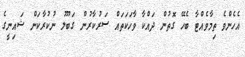
އެހެންވެ ތިމާވެއްޓާ ބެހޭ ގޮތުން ދައްކާ ވާހަކަތައް ސަރުކާރުން ގަބޫލު ނުކުރާކަން ޝައިނީގެ